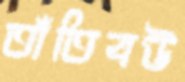
তাঁতিবউ